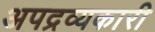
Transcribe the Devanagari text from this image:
अपद्रव्यकारी